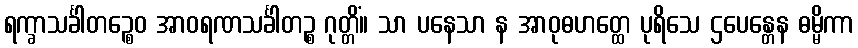
ရက္ခာသင်္ခါတဉ္စေဝ အာဝရဏသင်္ခါတဉ္စ ဂုတ္တိံ။ သာ ပနေသာ န အာဝုဓဟတ္ထေ ပုရိသေ ဌပေန္တေန ဓမ္မိကာ